Civil Veterinary Department Bengal reports 1933-51 - 1933-1951
Year: 1933
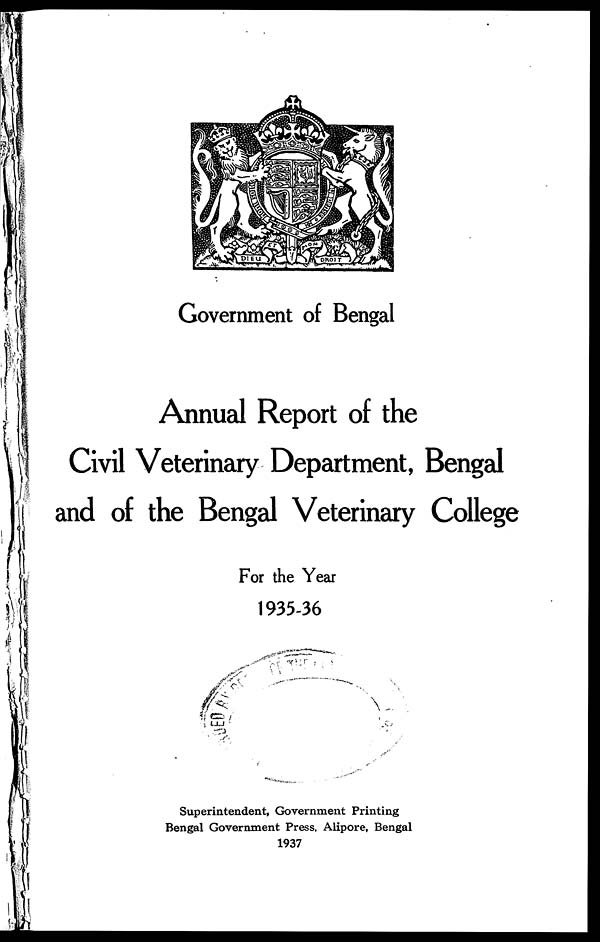
Government of Bengal
Annual Report of the
Civil Veterinary Department, Bengal
and of the Bengal Veterinary College
For the Year
1935-36
Superintendent, Government Printing
Bengal Government Press, Alipore, Bengal
1937